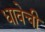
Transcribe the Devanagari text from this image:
धावेची